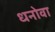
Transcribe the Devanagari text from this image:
धनोवा